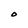
Character: O